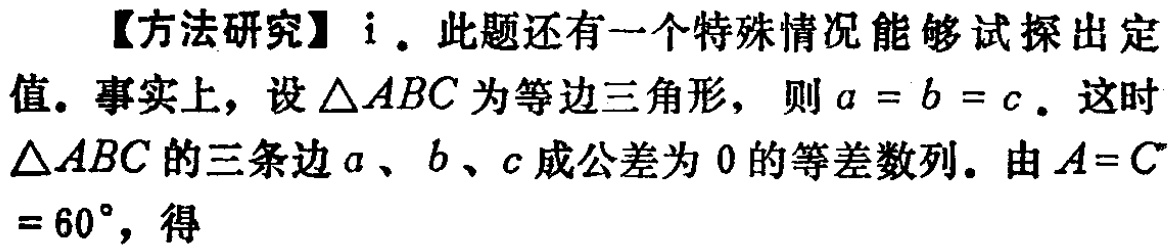
【方法研究】i. 此题还有一个特殊情况能够试探出定值. 事实上，设\(\triangle ABC\)为等边三角形，则\(a = b = c\). 这时\(\triangle ABC\)的三条边\(a\)、\(b\)、\(c\)成公差为\(0\)的等差数列. 由\(A = C= 60^{\circ}\)，得